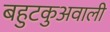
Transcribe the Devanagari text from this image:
बहुटकुअवाली